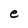
Character: e